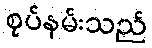
စုပ်နမ်းသည်